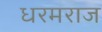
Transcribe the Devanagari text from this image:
धरमराज